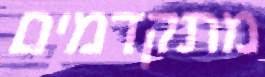
מתקדמים